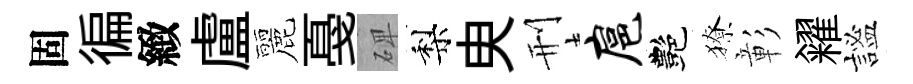
固徧緻盧麗戞𥓓梨㬰刑扈艷獠彰糴謐